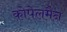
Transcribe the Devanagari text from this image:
कोपेलमैन